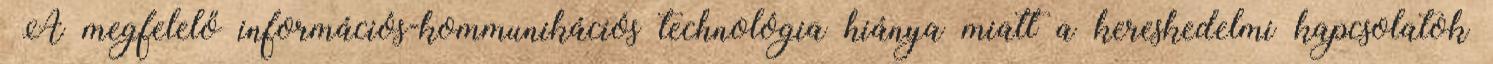
▪A megfelelő információs-kommunikációs technológia hiánya miatt a kereskedelmi kapcsolatok